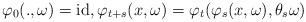
LaTeX: \begin{align*}\varphi_0(.,\omega)=\mathrm{id},\varphi_{t+s}(x,\omega)=\varphi_t(\varphi_s(x,\omega),\theta_s\omega) \end{align*}